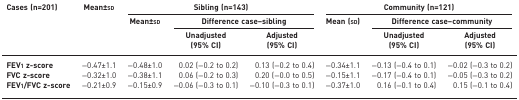
| Cases (n=201) | Mean±sd | <COLSPAN=3> Sibling (n=143) | <COLSPAN=3> Community (n=121) |
 |  |  | Mean±sd | <COLSPAN=2> Difference case–sibling | Mean (sd) | <COLSPAN=2> Difference case–community |
 |  |  |  | Unadjusted (95% CI) | Adjusted (95% CI) |  | Unadjusted (95% CI) | Adjusted (95% CI) |
 | --- | --- | --- | --- | --- | --- | --- | --- |
 | FEV1 z-score | −0.47±1.1 | −0.48±1.0 | 0.02 (−0.2 to 0.2) | 0.13 (−0.2 to 0.4) | −0.34±1.1 | −0.13 (−0.4 to 0.1) | −0.02 (−0.3 to 0.2) |
 | FVC z-score | −0.32±1.0 | −0.38±1.1 | 0.06 (−0.2 to 0.3) | 0.20 (−0.0 to 0.5) | −0.15±1.1 | −0.17 (−0.4 to 0.1) | −0.05 (−0.3 to 0.2) |
 | FEV1/FVC z-score | −0.21±0.9 | −0.15±0.9 | −0.06 (−0.3 to 0.1) | −0.10 (−0.3 to 0.1) | −0.37±1.0 | 0.16 (−0.1 to 0.4) | 0.15 (−0.1 to 0.4) |